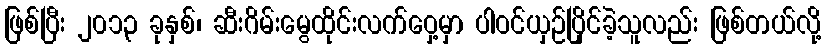
ဖြစ်ပြီး ၂၀၁၃ ခုနှစ်၊ ဆီးဂိမ်းမွေထိုင်းလက်ဝှေ့မှာ ပါဝင်ယှဉ်ပြိုင်ခဲ့သူလည်း ဖြစ်တယ်လို့